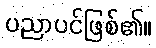
ပညာပင်ဖြစ်၏။